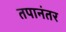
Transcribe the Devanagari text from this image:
तपानंतर